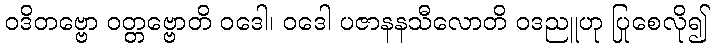
ဝဒိတဗ္ဗော ဝတ္တဗ္ဗောတိ ဝဒေါ၊ ဝဒေါ ပဇာနနသီလောတိ ဝဒညူဟု ပြုစေလို၍